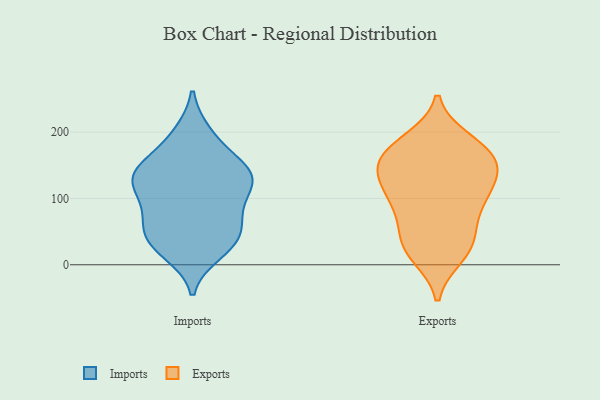
{"axis": {"x": "Satisfaction Score", "y": "Value"}, "legend": ["Exports", "Imports"], "data": [{"x": "", "y": 120, "type": "Imports"}, {"x": "", "y": 97, "type": "Imports"}, {"x": "", "y": 64, "type": "Imports"}, {"x": "", "y": 31, "type": "Imports"}, {"x": "", "y": 143, "type": "Imports"}, {"x": "", "y": 71, "type": "Imports"}, {"x": "", "y": 152, "type": "Imports"}, {"x": "", "y": 124, "type": "Imports"}, {"x": "", "y": 19, "type": "Imports"}, {"x": "", "y": 192, "type": "Imports"}, {"x": "", "y": 37, "type": "Imports"}, {"x": "", "y": 79, "type": "Imports"}, {"x": "", "y": 31, "type": "Imports"}, {"x": "", "y": 197, "type": "Imports"}, {"x": "", "y": 128, "type": "Imports"}, {"x": "", "y": 138, "type": "Imports"}, {"x": "", "y": 145, "type": "Imports"}, {"x": "", "y": 126, "type": "Imports"}, {"x": "", "y": 48, "type": "Imports"}, {"x": "", "y": 151, "type": "Exports"}, {"x": "", "y": 97, "type": "Exports"}, {"x": "", "y": 47, "type": "Exports"}, {"x": "", "y": 100, "type": "Exports"}, {"x": "", "y": 187, "type": "Exports"}, {"x": "", "y": 160, "type": "Exports"}, {"x": "", "y": 175, "type": "Exports"}, {"x": "", "y": 181, "type": "Exports"}, {"x": "", "y": 38, "type": "Exports"}, {"x": "", "y": 90, "type": "Exports"}, {"x": "", "y": 139, "type": "Exports"}, {"x": "", "y": 141, "type": "Exports"}, {"x": "", "y": 168, "type": "Exports"}, {"x": "", "y": 125, "type": "Exports"}, {"x": "", "y": 84, "type": "Exports"}, {"x": "", "y": 30, "type": "Exports"}, {"x": "", "y": 18, "type": "Exports"}, {"x": "", "y": 14, "type": "Exports"}, {"x": "", "y": 131, "type": "Exports"}]}